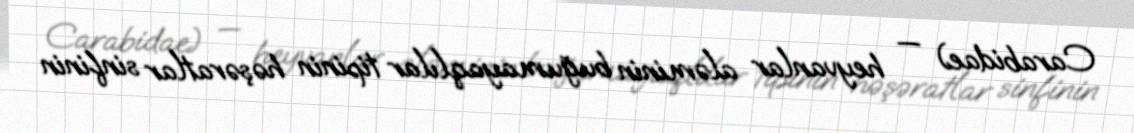
Carabidae) — heyvanlar aləminin buğumayaqlılar tipinin həşəratlar sinfinin